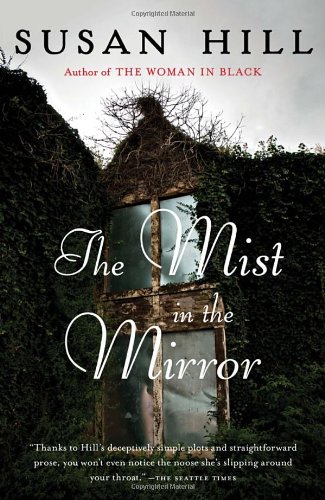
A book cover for The Mist in the Mirror; Susan Hill; Literature & Fiction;